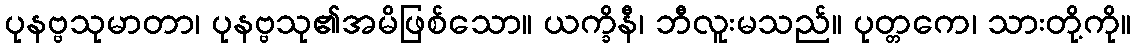
ပုနဗ္ဗသုမာတာ၊ ပုနဗ္ဗသု၏အမိဖြစ်သော။ ယက္ခိနီ၊ ဘီလူးမသည်။ ပုတ္တကေ၊ သားတို့ကို။